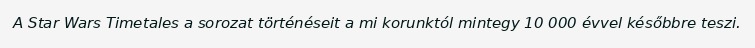
A Star Wars Timetales a sorozat történéseit a mi korunktól mintegy 10 000 évvel későbbre teszi.